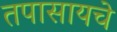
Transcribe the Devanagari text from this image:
तपासायचे